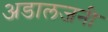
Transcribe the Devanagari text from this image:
अडालजनी